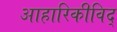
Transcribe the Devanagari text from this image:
आहारिकीविद्